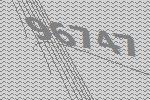
96747